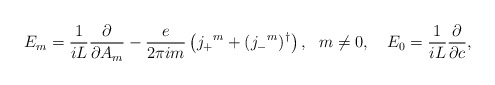
\begin{align*} E_m=\frac{1}{i L}\frac{\partial}{\partial A_m} - \frac{e}{2 \pi i m} \left( j_+{}^m + (j_-{}^m)^\dagger \right),\ \ m\neq 0, \quad E_0= \frac{1}{i L} \frac{\partial}{\partial c },\end{align*}